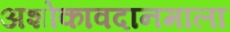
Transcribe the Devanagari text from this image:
अशोकावदानमाला